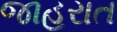
જાહરાત